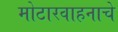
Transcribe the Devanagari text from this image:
मोटारवाहनाचे